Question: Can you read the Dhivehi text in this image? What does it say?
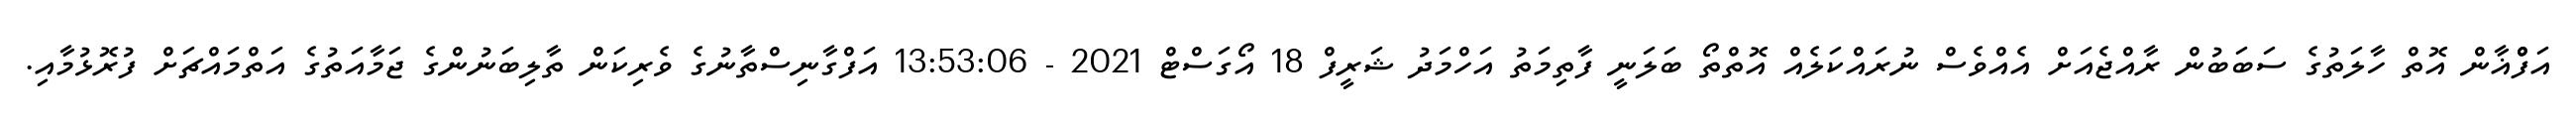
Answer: އަފްްޣާން އޮތް ހާލަތުގެ ސަބަބުން ރާއްޖެއަށް އެއްވެސް ނުރައްކަލެއް އޮތްތޯ ބަލަނީ ފާތިމަތު އަހްމަދު ޝަރީފް 18 އޯގަސްޓް 2021 - 13:53:06 އަފްގާނިސްތާނުގެ ވެރިކަން ތާލިބަނުންގެ ޖަމާއަތުގެ އަތްމައްޗަށް ފުރޮޅުމާއި.